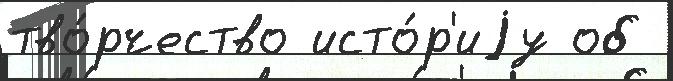
тво́рчество исто́р'иjу об